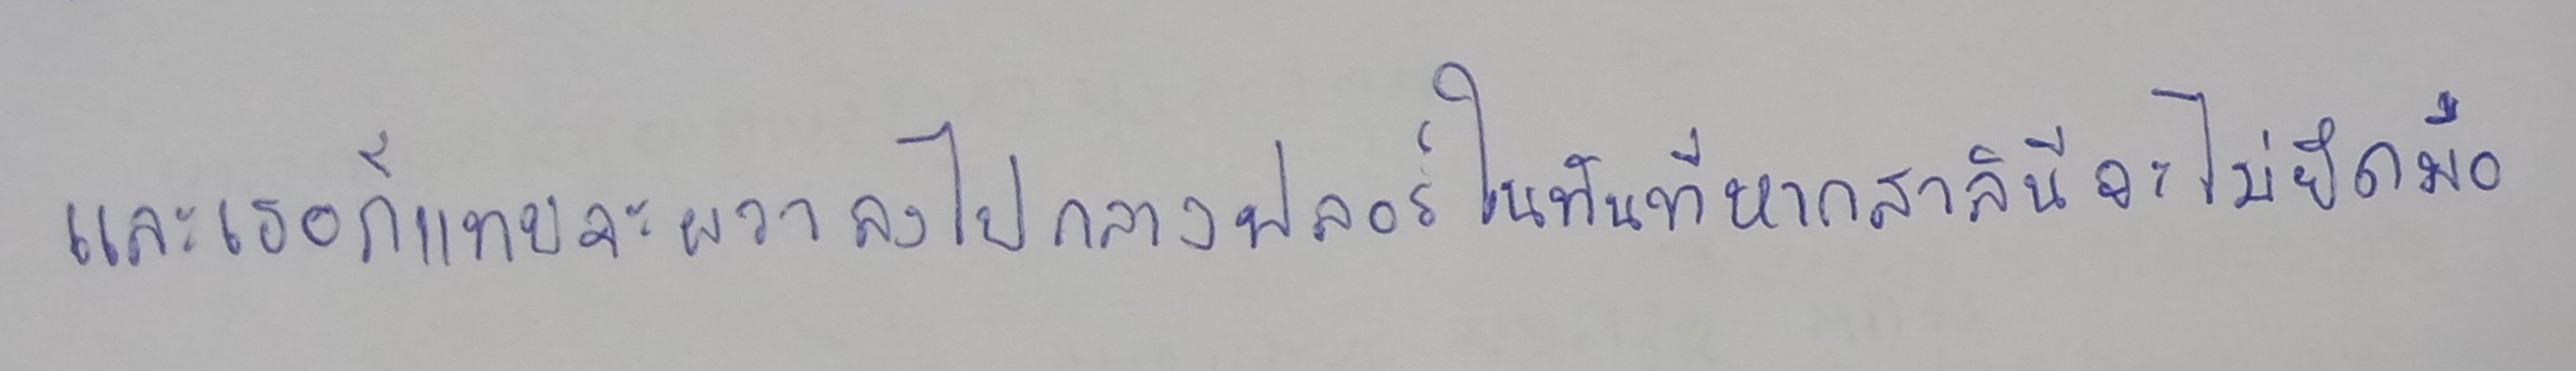
และเธอก็แทบจะผวาลงไปกลางฟลอร์ในทันทีหากสาลินีจะไม่ยึดมือ